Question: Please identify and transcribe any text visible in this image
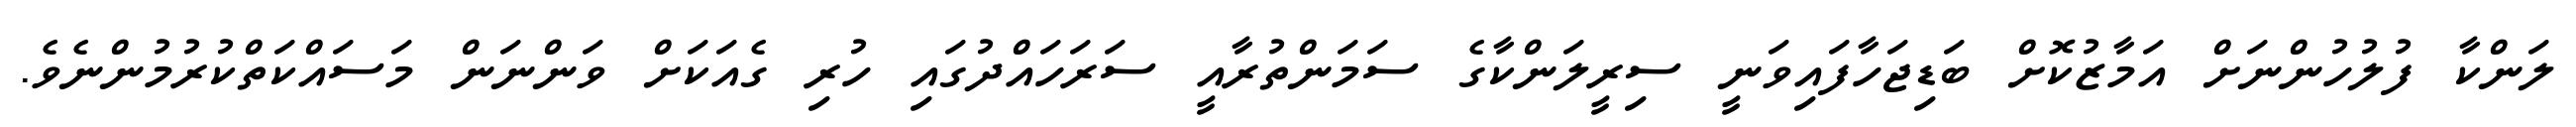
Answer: ލަންކާ ފުލުހުންނަށް އަމާޒުކޮށް ބަޑިޖަހާފައިވަނީ ސިރީލަންކާގެ ސަމަންތުރާއީ ސަރަހައްދުގައި ހުރި ގެއަކަށް ވަންނަން މަސައްކަތްކުރުމުންނެވެ.